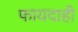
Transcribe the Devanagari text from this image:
फायदाही